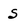
Character: S